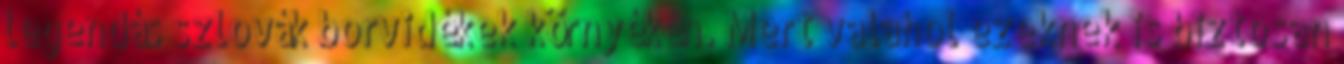
legendás szlovák borvidékek környékén. Mert valahol ezeknek is biztosan